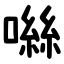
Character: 噝